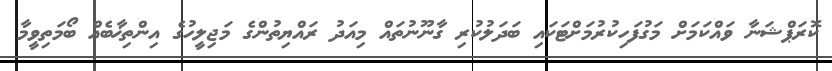
ކޮރަޕްޝަނާ ވައްކަމަށް މަގުފަހިކުރުމަށްޓަކައި ބަދަލުކުރި ގާނޫނުތައް މިއަދު ރައްޔިތުންގެ މަޖިލީހުގެ އިންތިޚާބެއް ބޯމަތިވީމާ